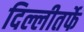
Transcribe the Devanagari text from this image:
दिल्लीतर्फे